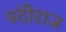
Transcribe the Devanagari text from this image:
नंदीराज